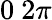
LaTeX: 0~2\pi